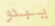
يبدو